Civil Veterinary Dept. Bombay admin report 1907-1913 - 1907-1913
Year: 1907
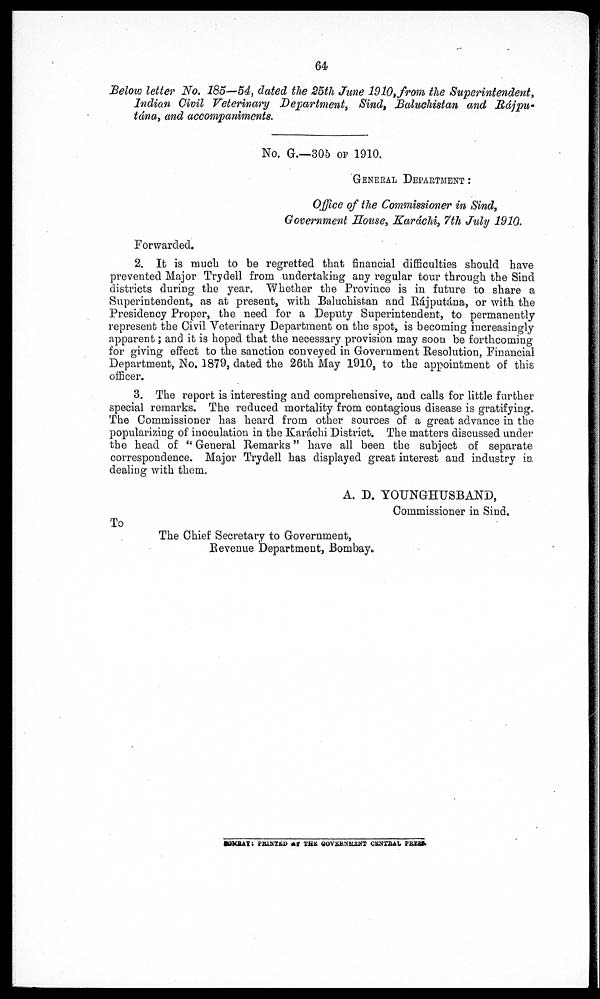
64
Below letter No. 185—54, dated the 25th June 1910, from the Superintendent,
Indian Civil Veterinary Department, Sind, Baluchistan and Rájpu-
tána, and accompaniments.
No. G.—305 or 1910.
GENERAL DEPARTMENT :
Office of the Commissioner in Sind ,
Government House, Karáchi, 7th July 1910.
Forwarded.
2. It is much to be regretted that financial difficulties should have
prevented Major Trydell from undertaking any regular tour through the Sind
districts during the year. Whether the Province is in future to share a
Superintendent, as at present, with Baluchistan and Rájputána, or with the
Presidency Proper, the need for a Deputy Superintendent, to permanently
represent the Civil Veterinary Department on the spot, is becoming increasingly
apparent; and it is hoped that the necessary provision may soon be forthcoming
for giving effect to the sanction conveyed in Government Resolution, Financial
Department, No, 1879, dated the 26th May 1910, to the appointment of this
officer.
3. The report is interesting and comprehensive, and calls for little further
special remarks. The reduced mortality from contagious disease is gratifying.
The Commissioner has heard from other sources of a great advance in the
popularizing of inoculation in the Karáchi District. The matters discussed under
the head of "General Remarks" have all been the subject of separate
correspondence. Major Trydell has displayed great interest and industry in
dealing with them.
A. D. YOUNGHUSBAND,
Commissioner in Sind.
To
The Chief Secretary to Government,
Revenue Department, Bombay.
BOMBAY: PRINTED AT THE GOVERNMENT CENTRAL PRESS.